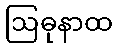
ဩဓုနာထ